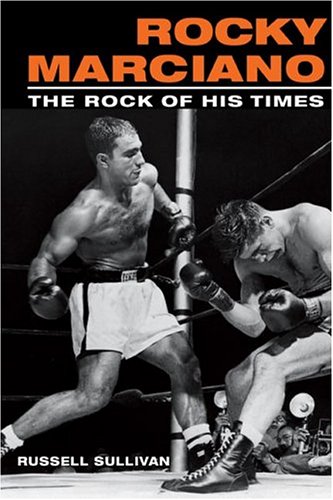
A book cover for Rocky Marciano: The Rock of His Times (Sport and Society); Russell Sullivan; Biographies & Memoirs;